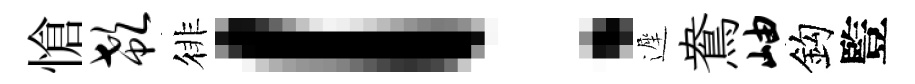
愴欷徘！遲鴦岫鈎䜿